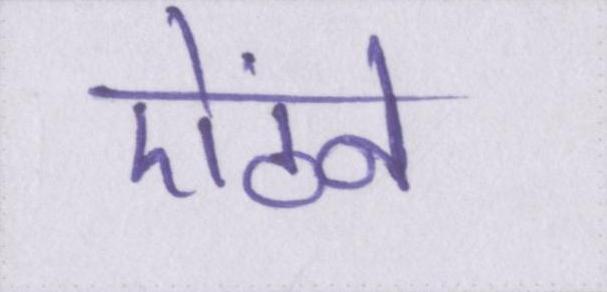
ऐंठने